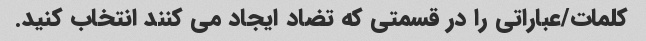
کلمات/عباراتی را در قسمتی که تضاد ایجاد می کنند انتخاب کنید.